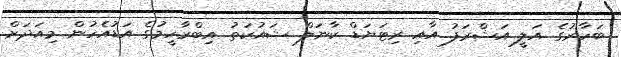
ބަހާރުގެ އަލީ އަޝްރަފު އާއި ރިޓަޔަޑް ކާނަލް ޝައުކަތު އިބްރާހީމުގެ އަޑުއެހުން މިއަދަށް